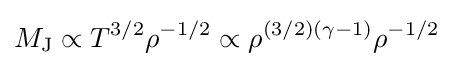
M_{\text{J}}\propto T^{3/2}\rho ^{-1/2}\propto \rho ^{(3/2)(\gamma -1)}\rho ^{-1/2}